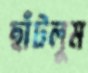
ছাঁটলুম